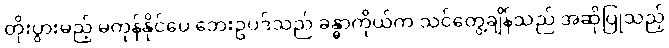
တိုးပွားမည့် မကုန်နိုင်ပေ ဘေးဥပဒ်သည် ခန္ဓာကိုယ်က သင်တွေ့ချိန်သည် အဆိုပြုသည့်